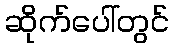
ဆိုက်ပေါ်တွင်